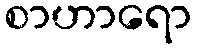
စာဟာရော